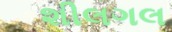
શીલગલ